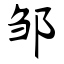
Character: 邹